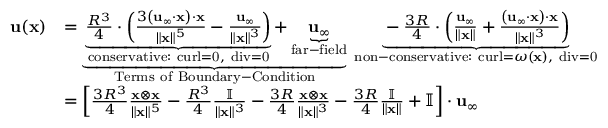
{ \begin{array} { r l } { \mathbf { u } ( \mathbf { x } ) } & { = \underbrace { \underbrace { { \frac { R ^ { 3 } } { 4 } } \cdot \left( { \frac { 3 \left( \mathbf { u } _ { \infty } \cdot \mathbf { x } \right) \cdot \mathbf { x } } { \| \mathbf { x } \| ^ { 5 } } } - { \frac { \mathbf { u } _ { \infty } } { \| \mathbf { x } \| ^ { 3 } } } \right) } _ { \mathrm { c o n s e r v a t i v e : ~ c u r l = 0 , ~ d i v = 0 } } + \underbrace { \mathbf { u } _ { \infty } } _ { \mathrm { f a r - f i e l d } } } _ { \mathrm { T e r m s ~ o f ~ B o u n d a r y - C o n d i t i o n } } \; \underbrace { - { \frac { 3 R } { 4 } } \cdot \left( { \frac { \mathbf { u } _ { \infty } } { \| \mathbf { x } \| } } + { \frac { \left( \mathbf { u } _ { \infty } \cdot \mathbf { x } \right) \cdot \mathbf { x } } { \| \mathbf { x } \| ^ { 3 } } } \right) } _ { { \mathrm { n o n - c o n s e r v a t i v e : ~ c u r l } } = { \boldsymbol { \omega } } ( \mathbf { x } ) , { \mathrm { ~ d i v = 0 } } } } \\ & { = \left[ { \frac { 3 R ^ { 3 } } { 4 } } { \frac { \mathbf { x \otimes \mathbf { x } } } { \| \mathbf { x } \| ^ { 5 } } } - { \frac { R ^ { 3 } } { 4 } } { \frac { \mathbb { I } } { \| \mathbf { x } \| ^ { 3 } } } - { \frac { 3 R } { 4 } } { \frac { \mathbf { x } \otimes \mathbf { x } } { \| \mathbf { x } \| ^ { 3 } } } - { \frac { 3 R } { 4 } } { \frac { \mathbb { I } } { \| \mathbf { x } \| } } + \mathbb { I } \right] \cdot \mathbf { u } _ { \infty } } \end{array} }